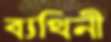
ব্যথিনী